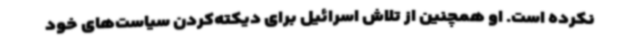
نکرده است. او همچنین از تلاش اسرائیل برای دیکته‌کردن سیاست‌های خود